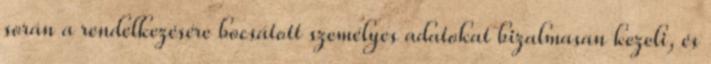
során a rendelkezésére bocsátott személyes adatokat bizalmasan kezeli, és